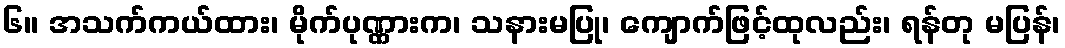
၆။ အသက်ကယ်ထား၊ မိုက်ပုဏ္ဏားက၊ သနားမပြု၊ ကျောက်ဖြင့်ထုလည်း၊ ရန်တု မပြန်၊